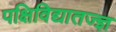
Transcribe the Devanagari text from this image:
पक्षिविद्यातज्‍ज्ञ